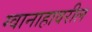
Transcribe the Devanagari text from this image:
ग्वानाहावरील